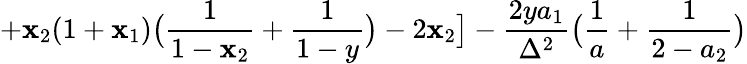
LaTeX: +\mathbf{x}_{2}(1+\mathbf{x}_{1})\bigl(\frac{{1}}{{1-\mathbf{x}_{2}}}+\frac{{1}}{{1-y}}\bigr)-2\mathbf{x}_{2}\bigr]-\frac{{2ya_{1}}}{{\Delta^{2}}}\bigl(\frac{{1}}{{a}}+\frac{{1}}{{2-a_{2}}}\bigr)